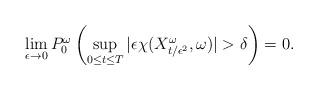
LaTeX: \begin{align*}\lim _{\epsilon\to 0} P_0^\omega\left(\sup_{0 \leq t \leq T} |\epsilon\chi(X_{t/\epsilon^2}^\omega ,\omega) | > \delta \right )= 0.\end{align*}